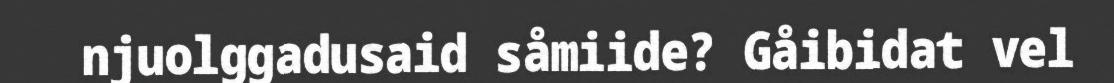
njuolggadusaid såmiide? Gåibidat vel